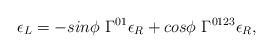
LaTeX: \begin{align*}\epsilon_L = - sin\phi ~\Gamma^{0 1} \epsilon_R + cos \phi ~\Gamma^{0 1 2 3} \epsilon_R, \\\end{align*}